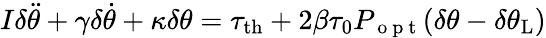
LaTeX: I\delta\ddot{\theta}+\gamma\delta\dot{\theta}+\kappa\delta\theta=\tau_{\mathrm{{th}}}+2\beta\tau_{0}P_{\mathrm{~o~p~t~}}(\delta\theta-\delta\theta_{\mathrm{{L}}})